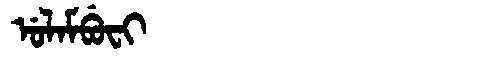
Manchu: ᡠᠯᠠᠮᠪᡠᠸᡳ
Romanization: ULAMBUFI